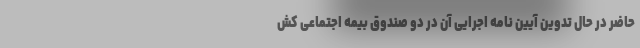
حاضر در حال تدوین آیین نامه اجرایی آن در دو صندوق بیمه اجتماعی کش